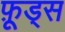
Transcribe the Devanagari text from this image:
फ़ूड्स